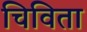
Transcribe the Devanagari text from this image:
चिविता